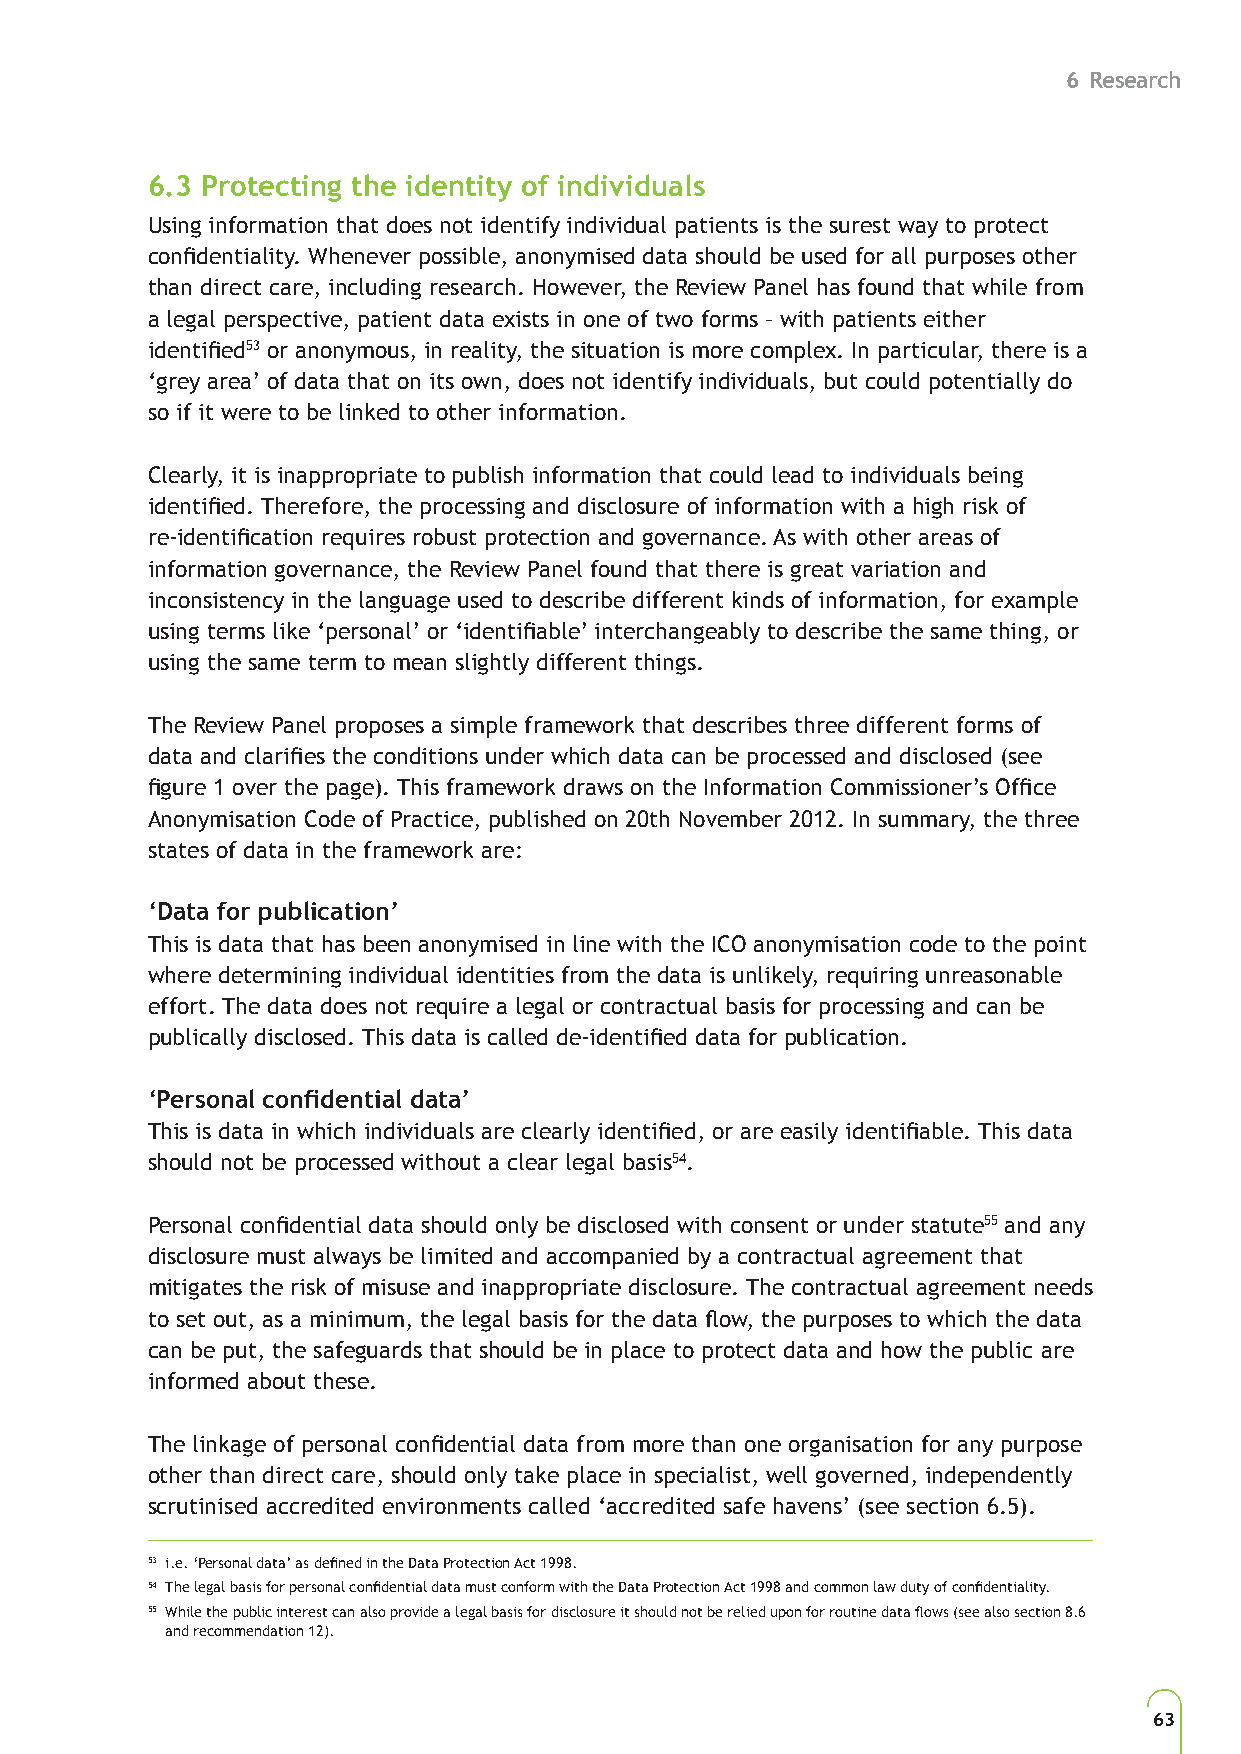
6 Research
 6.3 Protecting the identity of individuals
 Using information that does not identify individual patients is the surest way to protect
 confidentiality. Whenever possible, anonymised data should be used for all purposes other
 than direct care, including research. However, the Review Panel has found that while from
 a legal perspective, patient data exists in one of two forms – with patients either
 identified53 or anonymous, in reality, the situation is more complex. In particular, there is a
 ‘grey area’ of data that on its own, does not identify individuals, but could potentially do
 so if it were to be linked to other information.
 Clearly, it is inappropriate to publish information that could lead to individuals being
 identified. Therefore, the processing and disclosure of information with a high risk of
 re-identification requires robust protection and governance. As with other areas of
 information governance, the Review Panel found that there is great variation and
 inconsistency in the language used to describe different kinds of information, for example
 using terms like ‘personal’ or ‘identifiable’ interchangeably to describe the same thing, or
 using the same term to mean slightly different things.
 The Review Panel proposes a simple framework that describes three different forms of
 data and clarifies the conditions under which data can be processed and disclosed (see
 figure 1 over the page). This framework draws on the Information Commissioner’s Office
 Anonymisation Code of Practice, published on 20th November 2012. In summary, the three
 states of data in the framework are:
 ‘Data for publication’
 This is data that has been anonymised in line with the ICO anonymisation code to the point
 where determining individual identities from the data is unlikely, requiring unreasonable
 effort. The data does not require a legal or contractual basis for processing and can be
 publically disclosed. This data is called de-identified data for publication.
 ‘Personal confidential data’
 This is data in which individuals are clearly identified, or are easily identifiable. This data
 should not be processed without a clear legal basis54.
 Personal confidential data should only be disclosed with consent or under statute55 and any
 disclosure must always be limited and accompanied by a contractual agreement that
 mitigates the risk of misuse and inappropriate disclosure. The contractual agreement needs
 to set out, as a minimum, the legal basis for the data flow, the purposes to which the data
 can be put, the safeguards that should be in place to protect data and how the public are
 informed about these.
 The linkage of personal confidential data from more than one organisation for any purpose
 other than direct care, should only take place in specialist, well governed, independently
 scrutinised accredited environments called ‘accredited safe havens’ (see section 6.5).
 53 i.e. ‘Personal data’ as defined in the Data Protection Act 1998.
 54 The legal basis for personal confidential data must conform with the Data Protection Act 1998 and common law duty of confidentiality.
 55 While the public interest can also provide a legal basis for disclosure it should not be relied upon for routine data flows (see also section 8.6
 and recommendation 12).
 63